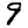
Digit: 9